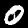
Label: 0